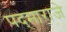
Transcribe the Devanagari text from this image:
पद्‌माराजे